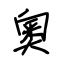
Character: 奧